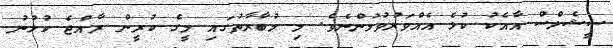
ސީޝެލްސް އާއެކު ކުޅެ އެއްވަރުވުމުންނެވެ. މި މުބާރާތުގައި މީގެ ކުރީން ރާއްޖެ ކުޅުނު